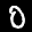
Label: 0